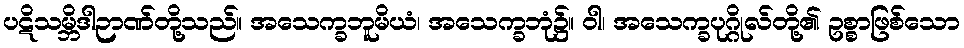
ပဋိသမ္ဘိဒါဉာဏ်တို့သည်။ အသေက္ခဘူမိယံ၊ အသေက္ခဘုံ၌။ ဝါ၊ အသေက္ခပုဂ္ဂိုလ်တို့၏ ဥစ္စာဖြစ်သော